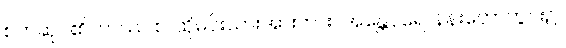
စက်ဆုပ်၏။ တဿ စ၊ ထိုမင်းသားအားကား။ အန္တေပုရေ၊ နန်းတော်တွင်း၌။